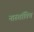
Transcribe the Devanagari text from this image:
नारुतॉविच